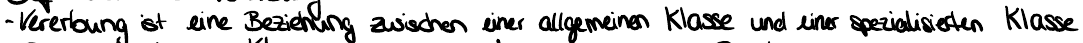
- Vererbung ist eine Beziehung zwischen einer allgemeinen Klasse und einer spezialisierten Klasse